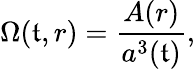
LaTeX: \Omega(\mathfrak{t},r)=\frac{{A(r)}}{{a^{3}(\mathfrak{t})}},